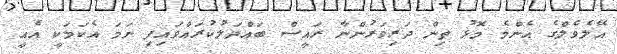
އޭލެވެލްގެ އެންމެ މޮޅު ތިން ދަރިވަރުންނާ ރައީސް ބައްދަލުކުރައްވައިފި ނަަމަ އެކަމަކީ އެއީ